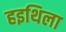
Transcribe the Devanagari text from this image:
हइथिला